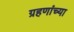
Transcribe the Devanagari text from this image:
ग्रहणांच्या